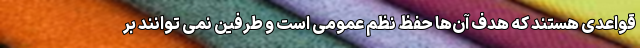
قواعدی هستند که هدف آن‌ها حفظ نظم عمومی است و طرفین نمی توانند بر